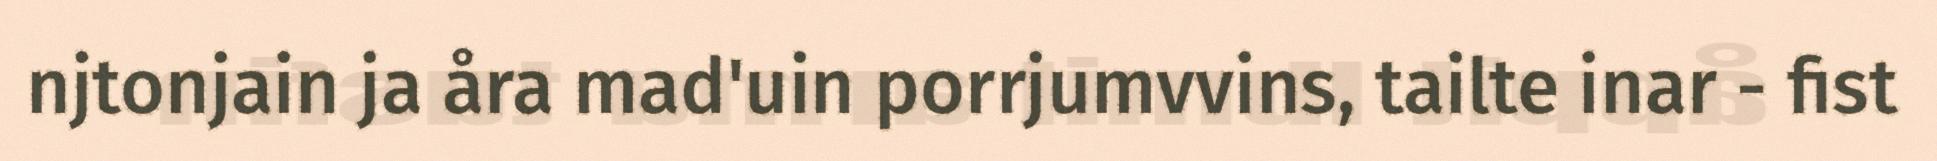
njtonjain ja åra mad'uin porrjumvvins, tailte inar - fist